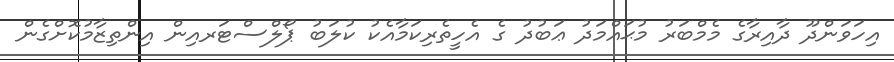
އިހަވަންދޫ ދާއިރާގެ މެމްބަރު މުޙައްމަދު ޢަބުދު ގެ އެހީތެރިކަމާއެކު ކުލަބު ޕޯލްސްޓަރއިން އިންތިޒާމުކޮށްގެން